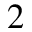
^ 2